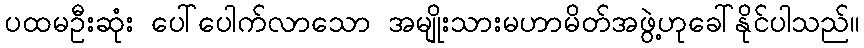
ပထမဦးဆုံး ပေါ်ပေါက်လာသော အမျိုးသားမဟာမိတ်အဖွဲ့ဟုခေါ်နိုင်ပါသည်။